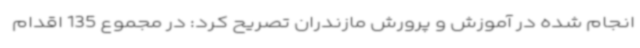
انجام شده در آموزش و پرورش مازندران تصریح کرد: در مجموع 135 اقدام